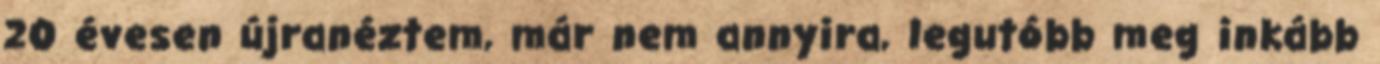
20 évesen újranéztem, már nem annyira, legutóbb meg inkább